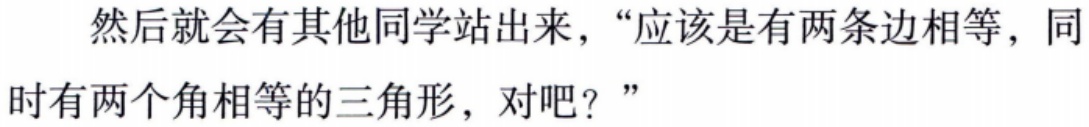
然后就会有其他同学站出来，“应该是有两条边相等，同时有两个角相等的三角形，对吧？”